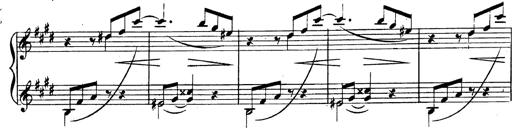
Title: 3 Caprices-Valses
Composer: Franz Liszt